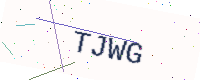
Text: TJWG